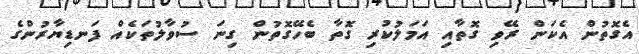
އެގޮތުން އެކަން ރޭވި ގޮތާއި އަމަލުކުރި ގޮތާ ބެހޭގޮތުން ގިނަ ސުވާލުތަކެއް ފަނޑިޔާރުންގެ